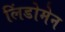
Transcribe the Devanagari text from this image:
लिंडोमेन